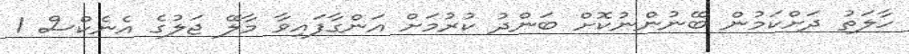
ހާލަތު ދަށްކަމުން ބޭނުންނުކޮށް ބަންދު ކުރުމަށް އަންގާފައިވާ މާލޭ ޖަލުގެ އެނެކްސް 1